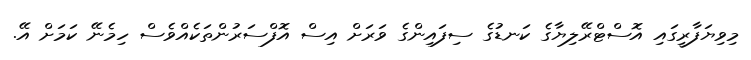
މިވިޔަފާރީގައި އޮސްޓްރޭލިޔާގެ ކަނޑުގެ ސިފައިންގެ ވަރަށް އިސް އޮފްސަރުންތަކެއްވެސް ހިމެނޭ ކަމަށް އޭ.